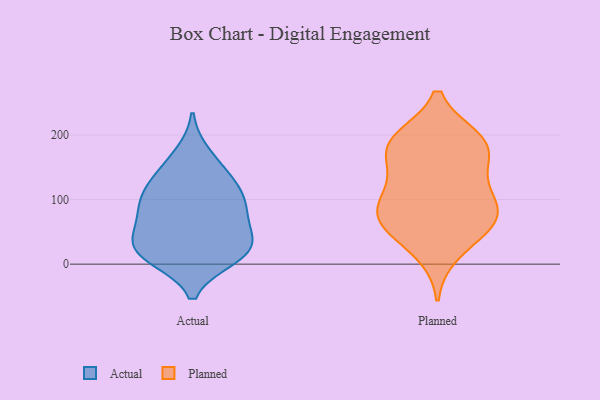
{"axis": {"x": "Churn Rate (%)", "y": "Value"}, "legend": ["Actual", "Planned"], "data": [{"x": "", "y": 15, "type": "Actual"}, {"x": "", "y": 10, "type": "Actual"}, {"x": "", "y": 65, "type": "Actual"}, {"x": "", "y": 28, "type": "Actual"}, {"x": "", "y": 61, "type": "Actual"}, {"x": "", "y": 94, "type": "Actual"}, {"x": "", "y": 97, "type": "Actual"}, {"x": "", "y": 37, "type": "Actual"}, {"x": "", "y": 170, "type": "Actual"}, {"x": "", "y": 21, "type": "Actual"}, {"x": "", "y": 145, "type": "Actual"}, {"x": "", "y": 120, "type": "Actual"}, {"x": "", "y": 124, "type": "Actual"}, {"x": "", "y": 17, "type": "Actual"}, {"x": "", "y": 89, "type": "Actual"}, {"x": "", "y": 192, "type": "Planned"}, {"x": "", "y": 73, "type": "Planned"}, {"x": "", "y": 50, "type": "Planned"}, {"x": "", "y": 151, "type": "Planned"}, {"x": "", "y": 79, "type": "Planned"}, {"x": "", "y": 66, "type": "Planned"}, {"x": "", "y": 186, "type": "Planned"}, {"x": "", "y": 168, "type": "Planned"}, {"x": "", "y": 123, "type": "Planned"}, {"x": "", "y": 190, "type": "Planned"}, {"x": "", "y": 194, "type": "Planned"}, {"x": "", "y": 64, "type": "Planned"}, {"x": "", "y": 105, "type": "Planned"}, {"x": "", "y": 17, "type": "Planned"}, {"x": "", "y": 96, "type": "Planned"}]}